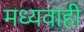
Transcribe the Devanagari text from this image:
मध्यवाही